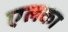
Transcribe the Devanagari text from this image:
एलका